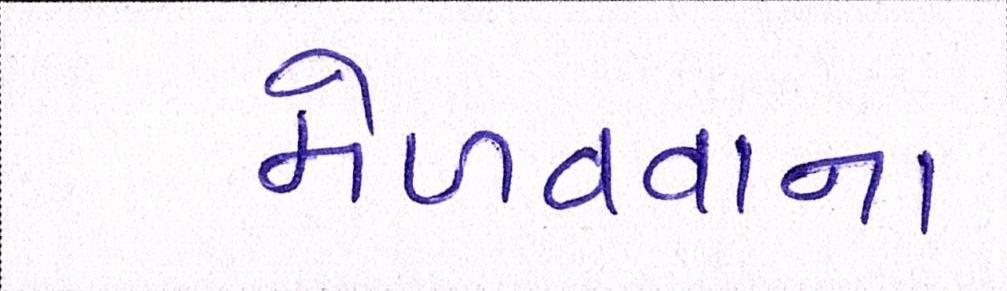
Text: મેળવવાના